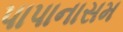
પાપાનાસમ